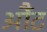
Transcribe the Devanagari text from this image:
औंट